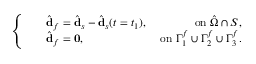
\left\{ \begin{array} { l } { \begin{array} { r l r } & { \hat { \mathbf { d } } _ { f } = \hat { \mathbf { d } } _ { s } - \hat { \mathbf { d } } _ { s } ( t = t _ { 1 } ) , } & { \; \mathrm { o n } \; \hat { \Omega } \cap \cal S , } \\ & { \hat { \mathbf { d } } _ { f } = \mathbf { 0 } , } & { \; \mathrm { o n } \; \Gamma _ { 1 } ^ { f } \cup \Gamma _ { 2 } ^ { f } \cup \Gamma _ { 3 } ^ { f } . } \end{array} } \end{array} \right.